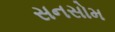
સનસોમ